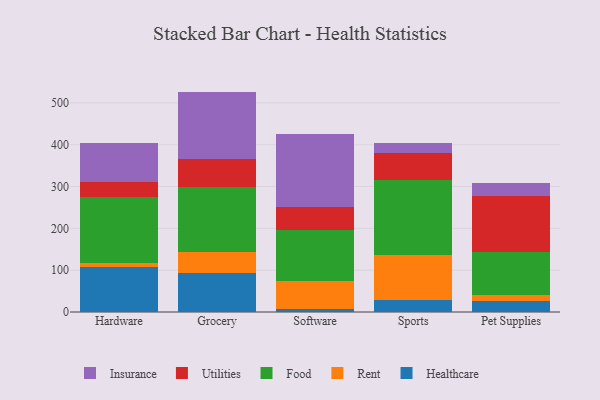
{"axis": {"x": "Category", "y": "Temperature (°C)"}, "legend": ["Food", "Healthcare", "Insurance", "Rent", "Utilities"], "data": [{"x": "Hardware", "y": 107.5, "type": "Healthcare"}, {"x": "Hardware", "y": 9.0, "type": "Rent"}, {"x": "Hardware", "y": 158.5, "type": "Food"}, {"x": "Hardware", "y": 36.5, "type": "Utilities"}, {"x": "Hardware", "y": 93.7, "type": "Insurance"}, {"x": "Grocery", "y": 93.6, "type": "Healthcare"}, {"x": "Grocery", "y": 49.7, "type": "Rent"}, {"x": "Grocery", "y": 154.8, "type": "Food"}, {"x": "Grocery", "y": 67.5, "type": "Utilities"}, {"x": "Grocery", "y": 161.5, "type": "Insurance"}, {"x": "Software", "y": 6.0, "type": "Healthcare"}, {"x": "Software", "y": 67.1, "type": "Rent"}, {"x": "Software", "y": 123.8, "type": "Food"}, {"x": "Software", "y": 54.5, "type": "Utilities"}, {"x": "Software", "y": 173.8, "type": "Insurance"}, {"x": "Sports", "y": 27.8, "type": "Healthcare"}, {"x": "Sports", "y": 107.5, "type": "Rent"}, {"x": "Sports", "y": 179.6, "type": "Food"}, {"x": "Sports", "y": 64.3, "type": "Utilities"}, {"x": "Sports", "y": 24.9, "type": "Insurance"}, {"x": "Pet Supplies", "y": 26.6, "type": "Healthcare"}, {"x": "Pet Supplies", "y": 13.0, "type": "Rent"}, {"x": "Pet Supplies", "y": 103.5, "type": "Food"}, {"x": "Pet Supplies", "y": 133.4, "type": "Utilities"}, {"x": "Pet Supplies", "y": 30.9, "type": "Insurance"}]}